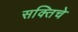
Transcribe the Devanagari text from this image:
सक्तिचे